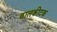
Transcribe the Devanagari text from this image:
ढालकीटक